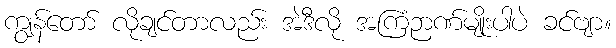
ကျွန်တော် လိုချင်တာလည်း အဲဒီလို အကြံဉာဏ်မျိုးပါပဲ ခင်ဗျာ။